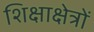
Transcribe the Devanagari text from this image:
शिक्षाक्षेत्रों